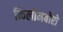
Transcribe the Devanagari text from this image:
किलोमबोरो